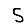
Digit: 5